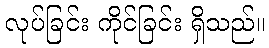
လုပ်ခြင်း ကိုင်ခြင်း ရှိသည်။